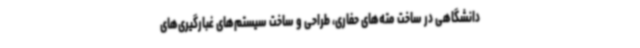
دانشگاهی در ساخت مته‌های حفاری، طراحی و ساخت سیستم‌های غبارگیری‌های